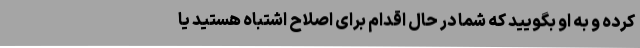
کرده و به او بگویید که شما در حال اقدام برای اصلاح اشتباه هستید یا